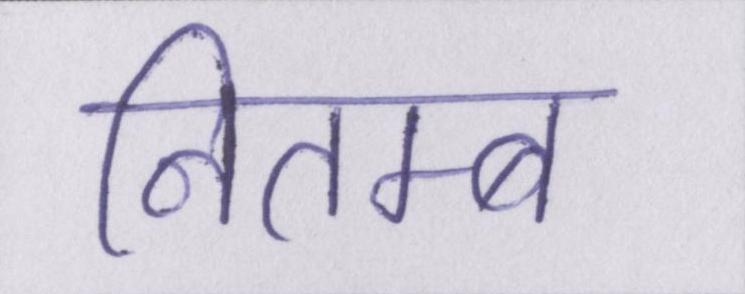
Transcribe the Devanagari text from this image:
नितम्ब